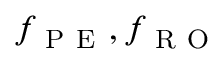
f _ { \mathrm { ~ P ~ E ~ } } , f _ { \mathrm { ~ R ~ O ~ } }